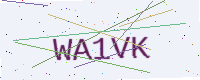
Text: WA1VK